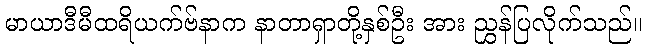
မာယာဒီမီထရိယက်ဗ်နာက နာတာရှာတို့နှစ်ဦး အား ညွှန်ပြလိုက်သည်။